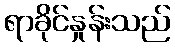
ရာခိုင်နှုန်းသည်